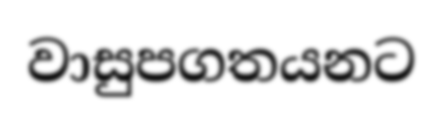
වාසුපගතයනට